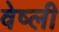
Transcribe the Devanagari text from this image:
वेष्ली